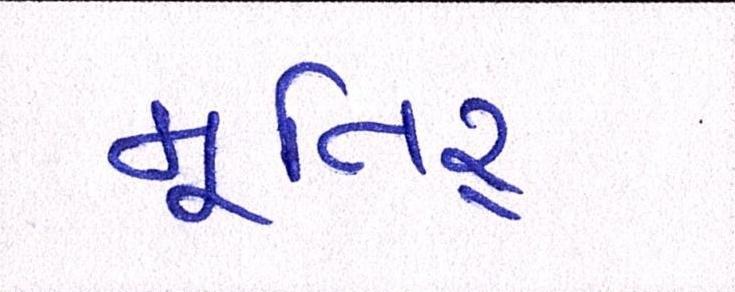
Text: મૂતિર્